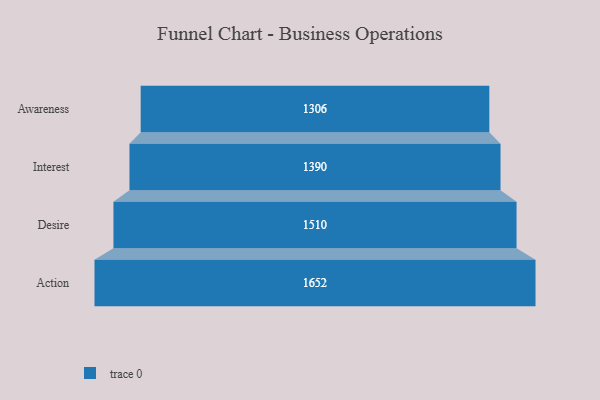
{"axis": {"x": "Stage", "y": "Value"}, "legend": [""], "data": [{"x": "Awareness", "y": 1306.0, "type": ""}, {"x": "Interest", "y": 1390.0, "type": ""}, {"x": "Desire", "y": 1510.0, "type": ""}, {"x": "Action", "y": 1652.0, "type": ""}]}